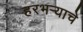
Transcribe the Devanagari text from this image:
हरभर्‍याचे